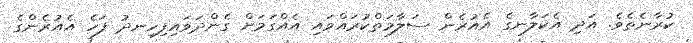
ކުރާނެތެވެ. އަދި އެކަލާނގެ އެއުރެން ސަލާމަތްކުރައްވައި އެއްގަމަށް ގެންދަވައިފިހިނދު ފަހެ އެއުރެންގެ